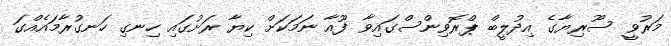
މަރުވީ ސޫރިޔާގެ އިދުލީބް ޕްރޮވިންސްގައިވާ ފޫއާ ނަމަކަށް ކިޔާ ރަށުގައި ހިނގި ހަނގުރާމައެއްގަ